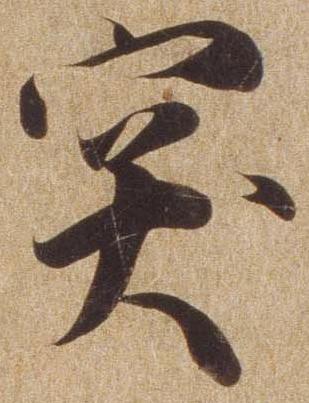
突